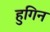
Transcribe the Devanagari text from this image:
हुगिन